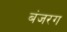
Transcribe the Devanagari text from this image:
बंजरग